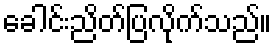
ခေါင်းညိတ်ပြလိုက်သည်။